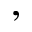
,